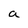
Character: a